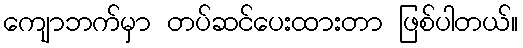
ကျောဘက်မှာ တပ်ဆင်ပေးထားတာ ဖြစ်ပါတယ်။